Civil Veterinary Department Bihar & Orissa reports 1922-29 - 1922-1929
Year: 1922
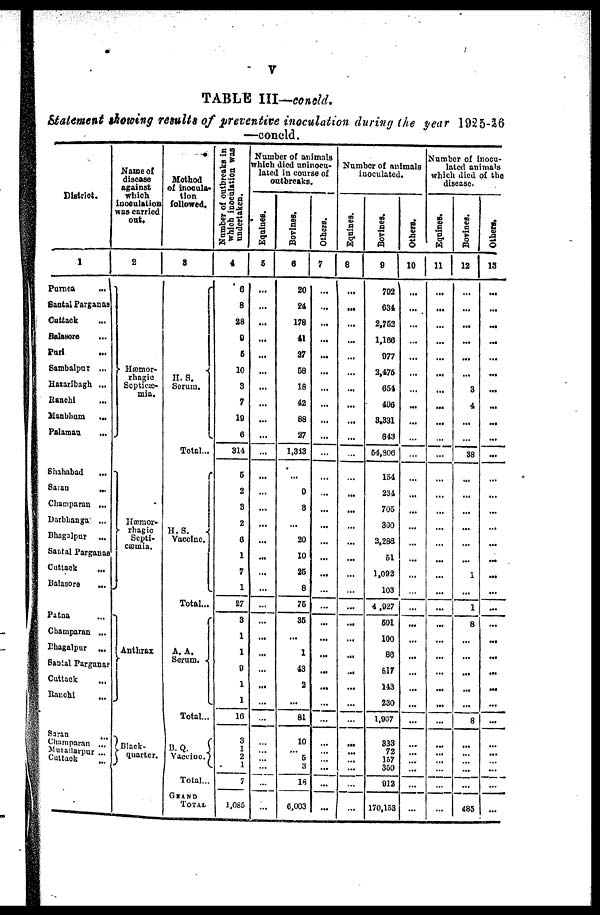
V
TABLE III—concld.
Statement showing results of preventive inoculation during the year 1925-26
—concld.
District.
1
Purnca
...
Santal Parganas
Cuttack
Bolasore
...
Pari
Sambalpur ...
Haiaribagh ...
Ranchi
Manbhum
...
Palamau
Shahabad
...
Saran
...
Champaran .,
Darblianga ...
Bhagalpur ...
Santal Parganas
Cuttack
Balasore
...
Patna
Champaran ...
Bhagalpur „.
Santal Parganas
Cuttack
Ranchi
...
Saran
Champaran ...
Muzatfarpur ..
Cuttack
Name of
disease
against
which
inoculation
was carried
out.
2
Hæmor-
rhagic
Scpticæ-
mia.
Hæmor-
- rhagic
Septi-
cæmia
Anthrax
Black-
quarter.
Method
of inocula-
tion
followed.
8
H. S.
Serum.
Total...
H. S.
Vaccine.
Total...
A. A.
Serum.
Total...
B.Q.
Vaceine
Total...
GRAND
TOTAL
Number of outbreaks in
which inoculation was
undertaken.
6
8
28
0
6
10
3
7
19
6
314
5
2
3
2
C
1
7
1
27
3
1
1
0
1
1
10
3
2
1
7
1,085
Number of animals
which died uninocu-
lated in course of
outbreaks.
Equi nes .
5
...
...
...
...
...
...
...
...
...
...
...
...
...
...
...
...
...
...
...
...
...
...
...
...
Bovines.
6
20
24
178
41
27
58
18
42
88
27
1,313
0
8
20
10
25
8
76
35
1
43
2
...
81
10
6
3
18
6,003
Ot her s .
7
...
...
...
...
...
...
...
...
...
...
...
...
...
...
...
...
...
...
...
Number of animals
inoculated.
Equines.
8
...
...
...
...
...
...
...
...
...
...
...
...
...
...
...
...
...
...
...
Bovi nes .
9
702
634
2.763
1,166
077
2,476
654
496
3.331
843
64,806
154
234
705
300
2,288
61
1,092
103
4,927
691
100
86
617
143
230
1,967
833
72
167
350
912
170,153
Others,
10
...
...
...
...
...
...
...
...
...
Number of inocu-
lated animals
which died of the
disease.
11
...
..
.,
..
.,
..
...
...
12
...
...
...
3
4
...
38
1
1
8
...
8
...
...
485
Others.
13
...
...
...
...
...
...
...
...
...
...
...
...
...
...